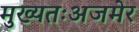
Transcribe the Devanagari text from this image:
मुख्यतःअजमेर